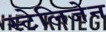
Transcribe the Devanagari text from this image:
स्टेलिजेन